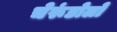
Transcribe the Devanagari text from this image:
चेरूंडोलो